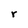
Character: r